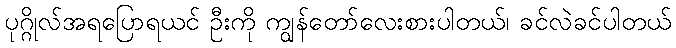
ပုဂ္ဂိုလ်အရပြောရယင် ဦးကို ကျွန်တော်လေးစားပါတယ်၊ ခင်လဲခင်ပါတယ်